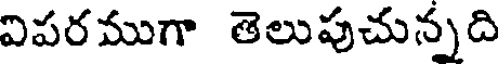
విపరముగా తెలుపుచున్నది